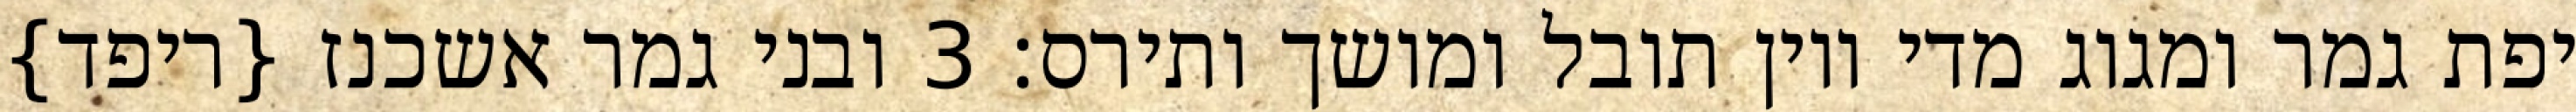
יפת גמר ומגוג מדי ויון תובל ומושך ותירס׃ ‎3‏ ובני גמר אשכנז {ריפד}